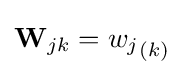
{\mathbf {W} }_{jk}={w_{j}}_{(k)}